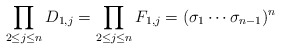
\begin{gather*} \prod_{2 \le j \le n}D_{1,j} = \prod_{2 \le j \le n} F_{1,j}=(\sigma_{1}\cdots\sigma_{n-1})^n\end{gather*}